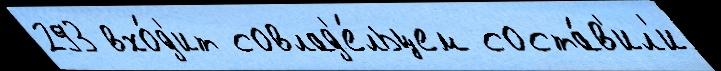
293 вхо́д'ит совлад'е́льцем соста́в'ил'и